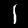
Digit: 1